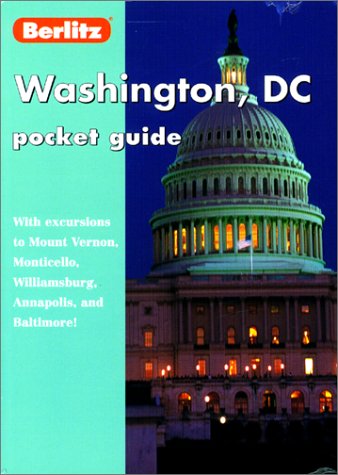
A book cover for Washington, D.C. Pocket Guide (Pocket Guides); Travel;